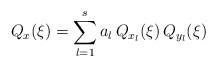
LaTeX: \begin{align*}Q_x(\xi)=\sum_{l=1}^s a_l\, Q_{x_l}(\xi)\,Q_{y_l}(\xi)\end{align*}